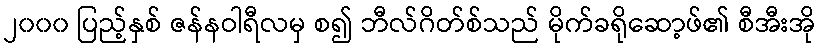
၂၀၀၀ ပြည့်နှစ် ဇန်နဝါရီလမှ စ၍ ဘီလ်ဂိတ်စ်သည် မိုက်ခရိုဆော့ဖ်၏ စီအီးအို